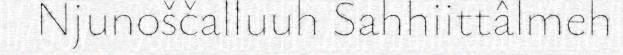
Njunoščalluuh Sahhiittâlmeh